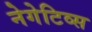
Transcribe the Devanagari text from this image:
नेगेटिव्स